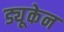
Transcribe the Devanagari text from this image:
ड्यूकेन